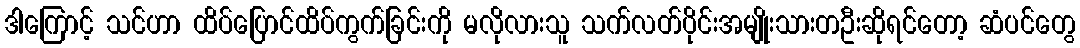
ဒါကြောင့် သင်ဟာ ထိပ်ပြောင်ထိပ်ကွက်ခြင်းကို မလိုလားသူ သက်လတ်ပိုင်းအမျိုးသားတဦးဆိုရင်တော့ ဆံပင်တွေ